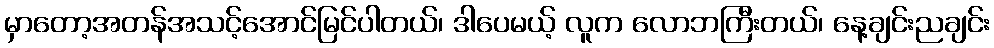
မှာတော့အတန်အသင့်အောင်မြင်ပါတယ်၊ ဒါပေမယ့် လူက လောဘကြီးတယ်၊ နေ့ချင်းညချင်း